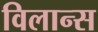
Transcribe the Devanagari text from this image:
विलान्स